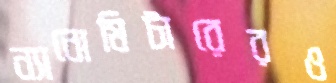
ন্যানোমিটারেরও